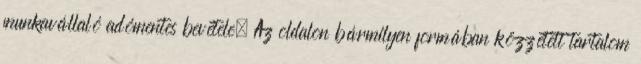
munkavállaló adómentes bevétele. Az oldalon bármilyen formában közzétett tartalom